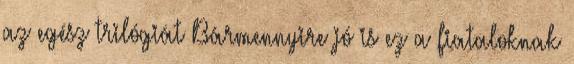
az egész trilógiát Bármennyire jó is ez a fiataloknak